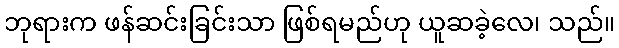
ဘုရားက ဖန်ဆင်းခြင်းသာ ဖြစ်ရမည်ဟု ယူဆခဲ့လေ၊ သည်။